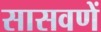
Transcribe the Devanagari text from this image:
सासवणें